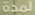
لمدة